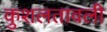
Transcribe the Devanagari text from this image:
कुशलतावली